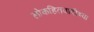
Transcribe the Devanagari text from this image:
लोकहितवादीच्या